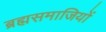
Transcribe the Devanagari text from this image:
ब्रह्मसमाजियों